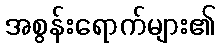
အစွန်းရောက်များ၏